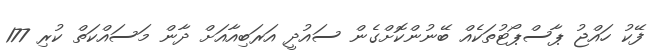
ފޭކު ހައްޖު ޕާސްޕޯޓުތަކެއް ބޭނުންކޮށްގެން ސައުދީ އަރަބިއާއަށް ދާން މަސައްކަތް ކުރި 177